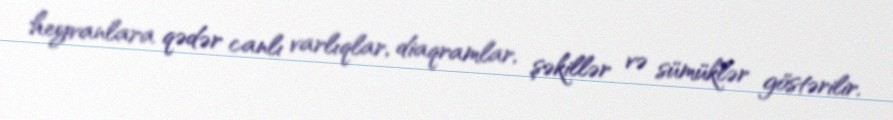
heyvanlara qədər canlı varlıqlar, diaqramlar, şəkillər və sümüklər göstərilir.